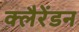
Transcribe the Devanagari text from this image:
क्लैरेंडन